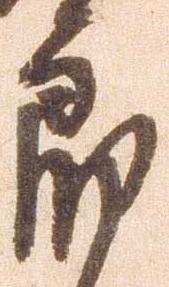
郎